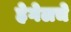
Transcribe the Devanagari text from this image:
हेगेलचे